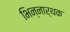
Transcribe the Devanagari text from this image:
भिन्नार्थक